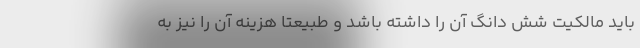
باید مالکیت شش دانگ آن را داشته باشد و طبیعتاً هزینه آن را نیز به